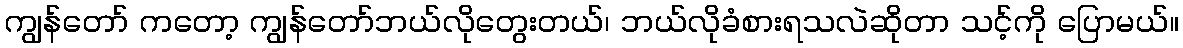
ကျွန်တော် ကတော့ ကျွန်တော်ဘယ်လိုတွေးတယ်၊ ဘယ်လိုခံစားရသလဲဆိုတာ သင့်ကို ပြောမယ်။